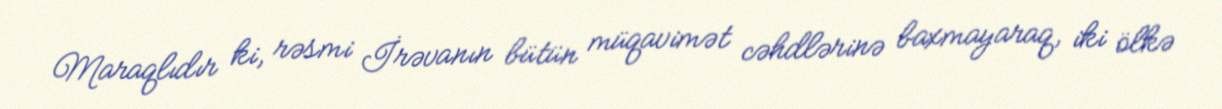
Maraqlıdır ki, rəsmi İrəvanın bütün müqavimət cəhdlərinə baxmayaraq, iki ölkə